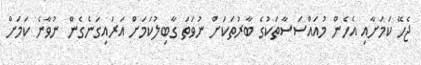
ޖެހޭ ކަމަށާއި އެހެން މުއައްސަސާތަކުގެ ބާރުތަކަށް ނުވަތަ ގާބިލުކަމަށް އަރައިގަނެގެން ނުވާނެ ކަމަށް